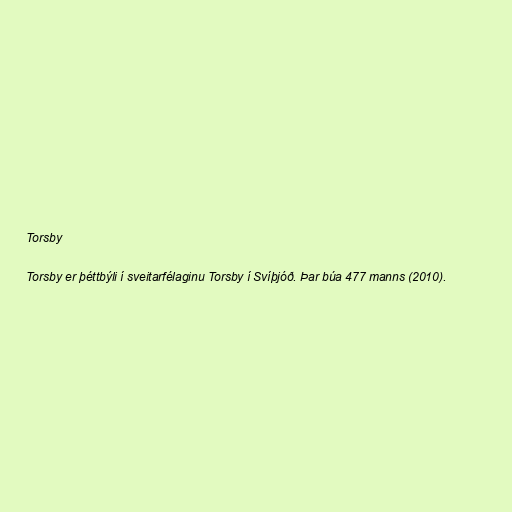
Torsby

Torsby er þéttbýli í sveitarfélaginu Torsby í Svíþjóð. Þar búa 477 manns (2010).